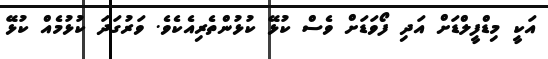
އަކީ މިޑްފީލްޑަށް އަދި ފޯވަޑަށް ވެސް ކުޅޭ ކުޅުންތެރިއެކެވެ. ވަރުގަދަ ކުޅުމެއް ކުޅޭ